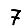
Digit: 7